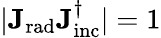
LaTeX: |\mathbf{J_{\mathrm{{rad}}}}\mathbf{J_{\mathrm{{inc}}}^{\dagger}}|=1